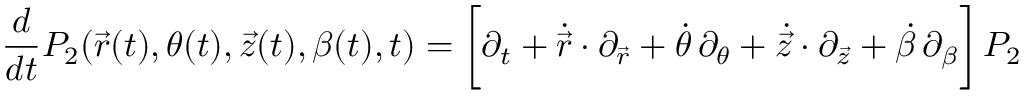
{ \frac { d } { d t } } P _ { 2 } ( \vec { r } ( t ) , \theta ( t ) , \vec { z } ( t ) , \beta ( t ) , t ) = \bigg [ \partial _ { t } + \dot { \vec { r } } \cdot \partial _ { \vec { r } } + \dot { \theta } \, \partial _ { \theta } + \dot { \vec { z } } \cdot \partial _ { \vec { z } } + \dot { \beta } \, \partial _ { \beta } \bigg ] \, P _ { 2 }